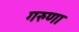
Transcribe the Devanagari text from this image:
गरुणा